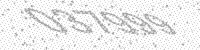
Solution: 037999